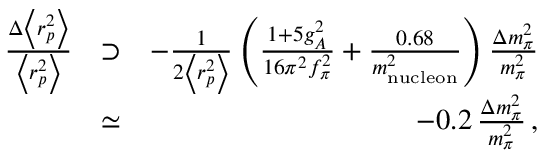
\begin{array} { r l r } { \frac { \Delta \left< r _ { p } ^ { 2 } \right> } { \left< r _ { p } ^ { 2 } \right> } } & { \supset } & { - \frac { 1 } { 2 \left< r _ { p } ^ { 2 } \right> } \left( \frac { 1 + 5 g _ { A } ^ { 2 } } { 1 6 \pi ^ { 2 } f _ { \pi } ^ { 2 } } + \frac { 0 . 6 8 } { m _ { \mathrm { n u c l e o n } } ^ { 2 } } \right) \frac { \Delta m _ { \pi } ^ { 2 } } { m _ { \pi } ^ { 2 } } } \\ & { \simeq } & { - 0 . 2 \, \frac { \Delta m _ { \pi } ^ { 2 } } { m _ { \pi } ^ { 2 } } \, , } \end{array}